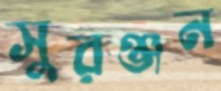
সুরঞ্জন